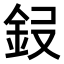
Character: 𮡭